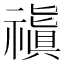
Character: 𥛺